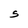
Character: 5